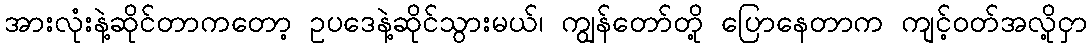
အားလုံးနဲ့ဆိုင်တာကတော့ ဥပဒေနဲ့ဆိုင်သွားမယ်၊ ကျွန်တော်တို့ ပြောနေတာက ကျင့်ဝတ်အလို့ငှာ